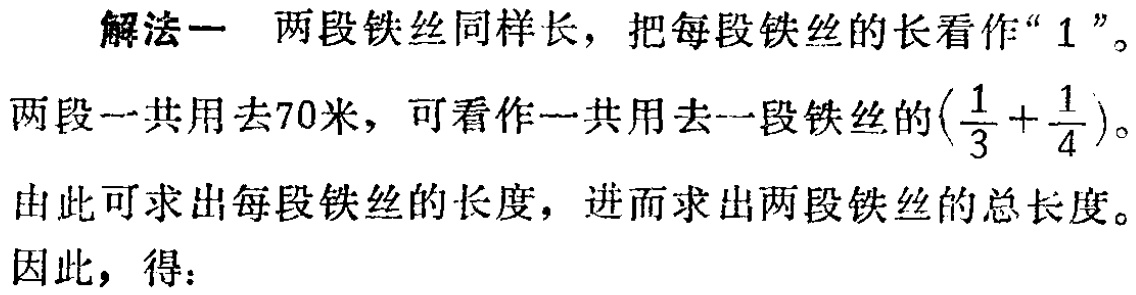
解法一 两段铁丝同样长，把每段铁丝的长看作“$1$”。

两段一共用去70米，可看作一共用去一段铁丝的\((\frac{1}{3}+\frac{1}{4})\)。

由此可求出每段铁丝的长度，进而求出两段铁丝的总长度。

因此，得：